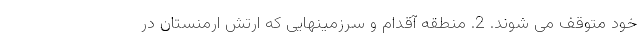
خود متوقف می شوند. 2. منطقه آقدام و سرزمینهایی که ارتش ارمنستان در